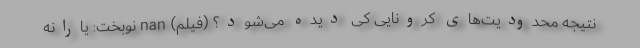
نتیجه محدودیت‌های کرونایی کی دیده می‌شود؟ (فیلم) nan نوبخت: یارانه